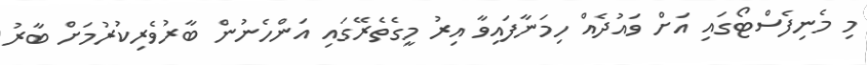
މި މެނިފެސްޓޯގައި އަށް ވައުދެއް ހިމަނާފައިވާ އިރު މީގެތެރޭގައި އަންހެނުން ބާރުވެރިކުރުމަށް ބާރު